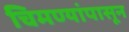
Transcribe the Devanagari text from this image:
चिमण्यांपासून